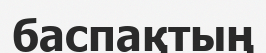
баспақтың